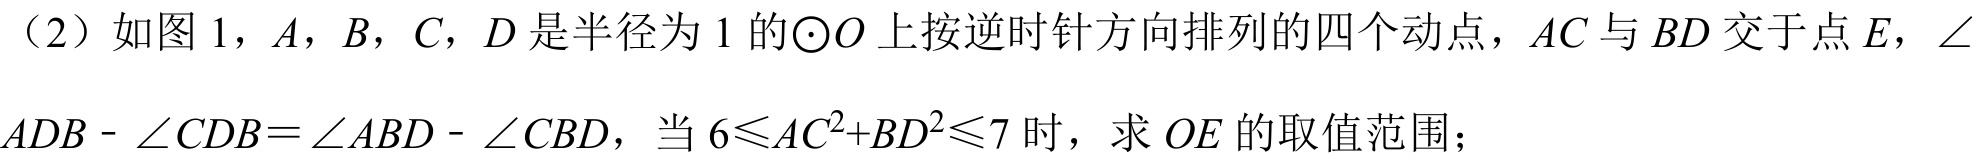
（2）如图1，$A$，$B$，$C$，$D$是半径为$1$的$\odot O$上按逆时针方向排列的四个动点，$AC$与$BD$交于点$E$，$\angle ADB - \angle CDB=\angle ABD - \angle CBD$，当$6\leqslant AC^{2}+BD^{2}\leqslant7$时，求$OE$的取值范围；